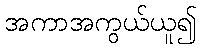
အကာအကွယ်ယူ၍